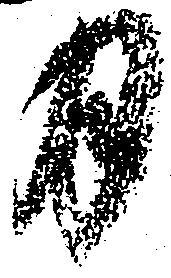
月